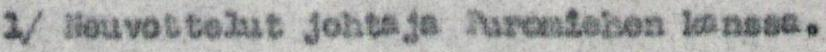
1/ Neuvottelut johtaja Puromiehen kanssa.